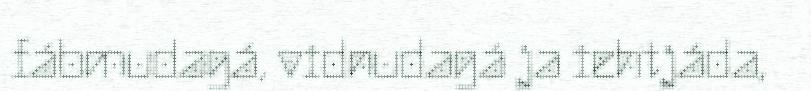
fábmudagá, vidnudagá ja iehtjáda,